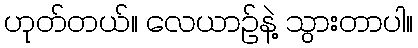
ဟုတ်တယ်။ လေယာဉ်နဲ့ သွားတာပါ။